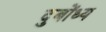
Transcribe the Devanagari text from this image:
दुबोंध्य